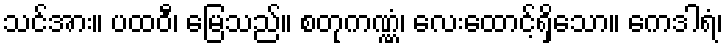
သင်အား။ ပထဝီ၊ မြေသည်။ စတုကဏ္ဏံ၊ လေးထောင့်ရှိသော။ ကေဒါရံ၊